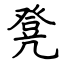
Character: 凳